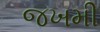
જખમી